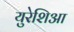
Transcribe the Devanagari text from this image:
युरेशिआ